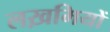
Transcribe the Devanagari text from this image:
लख़मियों